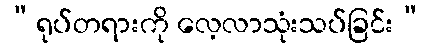
“ရုပ်တရားကို လေ့လာသုံးသပ်ခြင်း”